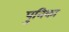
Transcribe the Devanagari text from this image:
पुनिका